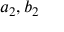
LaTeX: a _ { 2 } , b _ { 2 }